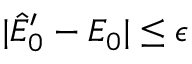
| \hat { E } _ { 0 } ^ { \prime } - E _ { 0 } | \le \epsilon